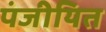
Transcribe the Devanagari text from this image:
पंजीयित